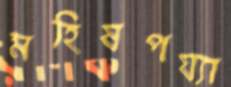
মহিষপয্যা